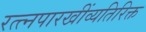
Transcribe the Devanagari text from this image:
रत्त्‍नपारखींव्यतिरिक्त